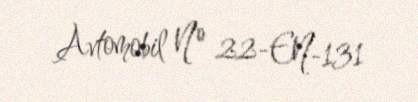
Avtomobil № 22-EN-131